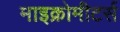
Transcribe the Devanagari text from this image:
माइक्रोमीटर्स